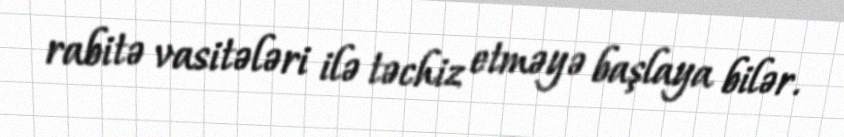
rabitə vasitələri ilə təchiz etməyə başlaya bilər.